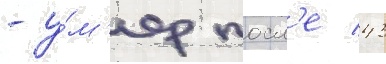
- у́м'ер посл'е 43